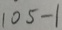
1 0 5 - 1